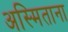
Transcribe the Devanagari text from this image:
अस्मिताना